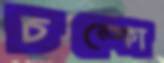
চম্‌কো